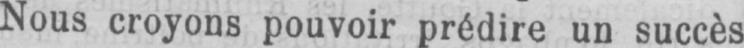
Nous croyons pouvoir prédire un succès